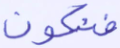
فنكون